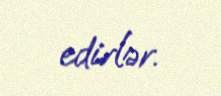
edirlər.